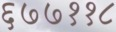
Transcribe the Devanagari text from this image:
६७७११८